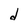
Character: d